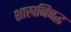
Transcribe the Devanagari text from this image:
शास्त्रनिषद्ध